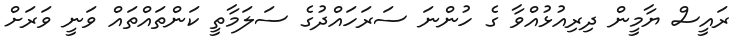
ރައީސް ޔާމީން ދިރިއުޅުއްވާ ގެ ހުންނަ ސަރަހައްދުގެ ސަލަމާތީ ކަންތައްތައް ވަނީ ވަރަށް